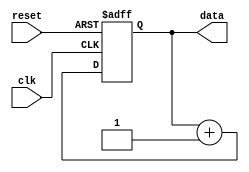
module RepeatLoop (
    input wire clk,        // Clock signal
    input wire reset,      // Reset signal to exit the loop
    output reg [7:0] data  // Example output data (8-bit)
);

    // Initial state
    initial begin
        data = 8'b0; // Initialization of output data
    end
    
    // Always block for the repeat loop
    always @(posedge clk or posedge reset) begin
        if (reset) begin
            // Reset condition to exit the loop
            data <= 8'b0; // Optionally, reset the data or perform other actions
        end else begin
            // Loop body: Place your operations here
            // Example operation: Incrementing data
            data <= data + 1;
            
            // Add more operations as necessary
        end
    end
endmodule